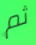
ثم